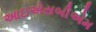
આઇએસબીએમ